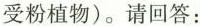
受粉植物)。请回答：